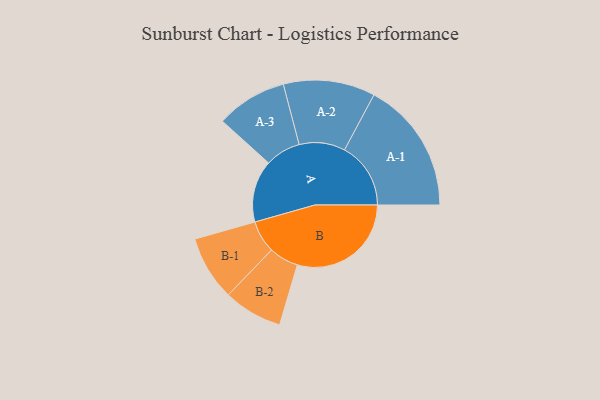
{"axis": {"x": "Segment", "y": "Value"}, "legend": ["", "A", "B"], "data": [{"x": "A", "y": 238, "type": ""}, {"x": "B", "y": 437, "type": ""}, {"x": "A-1", "y": 254, "type": "A"}, {"x": "A-2", "y": 176, "type": "A"}, {"x": "A-3", "y": 136, "type": "A"}, {"x": "B-1", "y": 124, "type": "B"}, {"x": "B-2", "y": 113, "type": "B"}]}